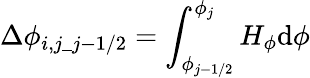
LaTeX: \displaystyle\Delta\phi_{i,j\_ j-1/2}=\int_{\phi_{j-1/2}}^{\phi_{j}}H_{\phi}\mathrm{d}\phi